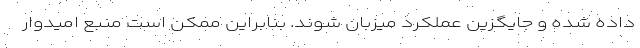
داده شده و جایگزین عملکرد میزبان شوند. بنابراین ممکن است منبع امیدوار